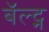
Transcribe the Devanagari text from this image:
बॅल्ट्न